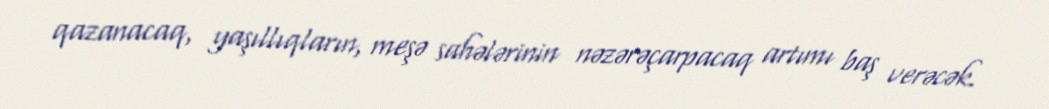
qazanacaq, yaşıllıqların, meşə sahələrinin nəzərəçarpacaq artımı baş verəcək.